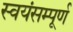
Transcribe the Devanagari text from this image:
स्वयंसम्पूर्ण